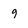
Character: 9